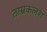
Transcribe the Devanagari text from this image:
ताम्रकलश